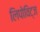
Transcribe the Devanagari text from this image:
लिपोविट्ज